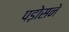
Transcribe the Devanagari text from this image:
पड़ोसने